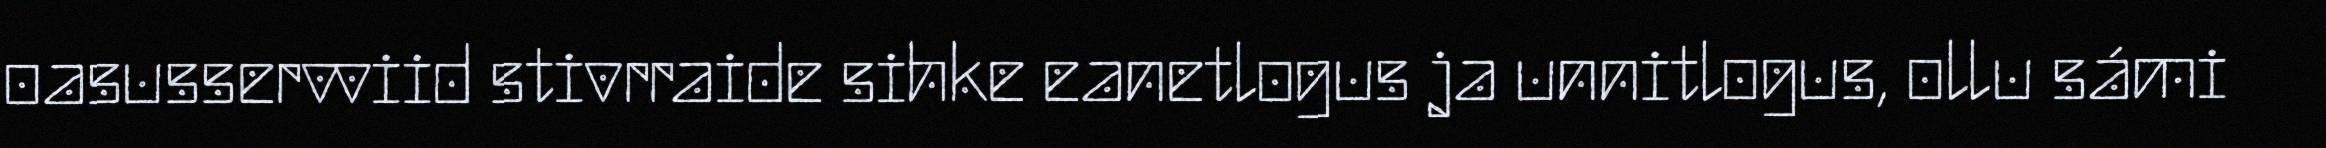
oasusservviid stivrraide sihke eanetlogus ja unnitlogus, ollu sámi